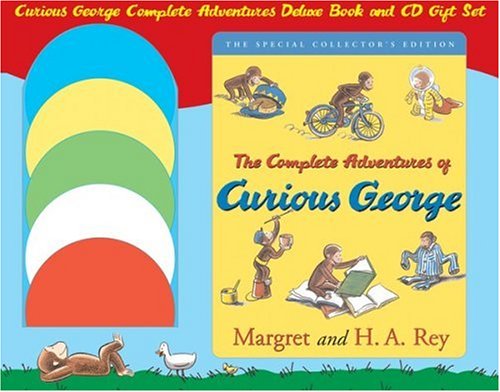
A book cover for Curious George Complete Adventures Deluxe Book and CD Gift Set; Margret Rey; Children's Books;